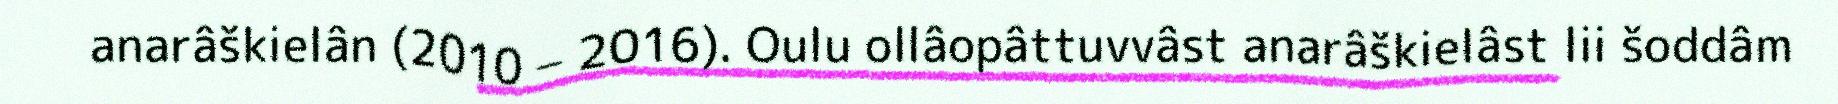
anarâškielân (2010 – 2016). Oulu ollâopâttuvvâst anarâškielâst lii šoddâm